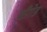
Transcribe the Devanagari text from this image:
ब्रीगेड